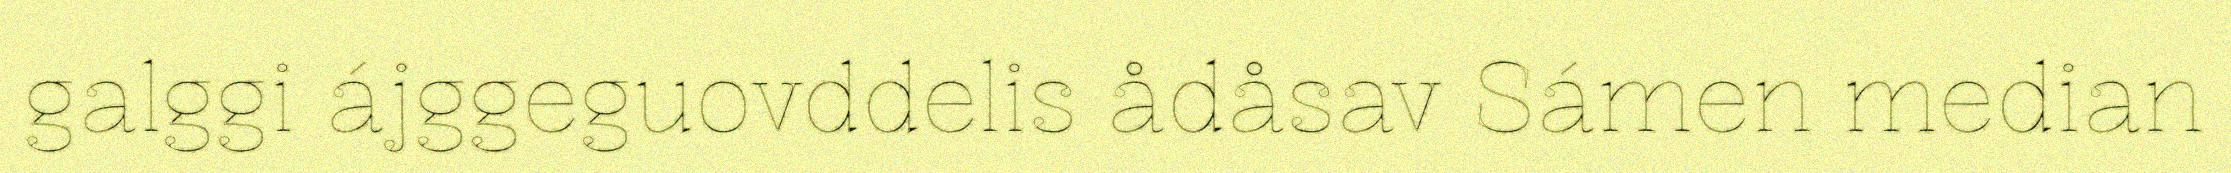
galggi ájggeguovddelis ådåsav Sámen median